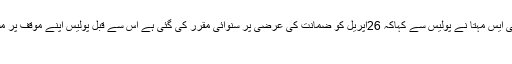
جسٹس ایس مرلی دھر اور جسٹس ائی ایس مہتا نے پولیس سے کہاکہ 26اپریل کو ضمانت کی عرضی پر سنوائی مقرر کی گئی ہے اس سے قبل پولیس اپنے موقف پر مشتمل رپورٹ عدالت میں پیش کرے
۔